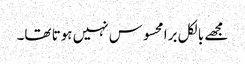
مجھے بالکل برا محسوس نہیں ہوتا تھا۔